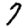
Digit: 7